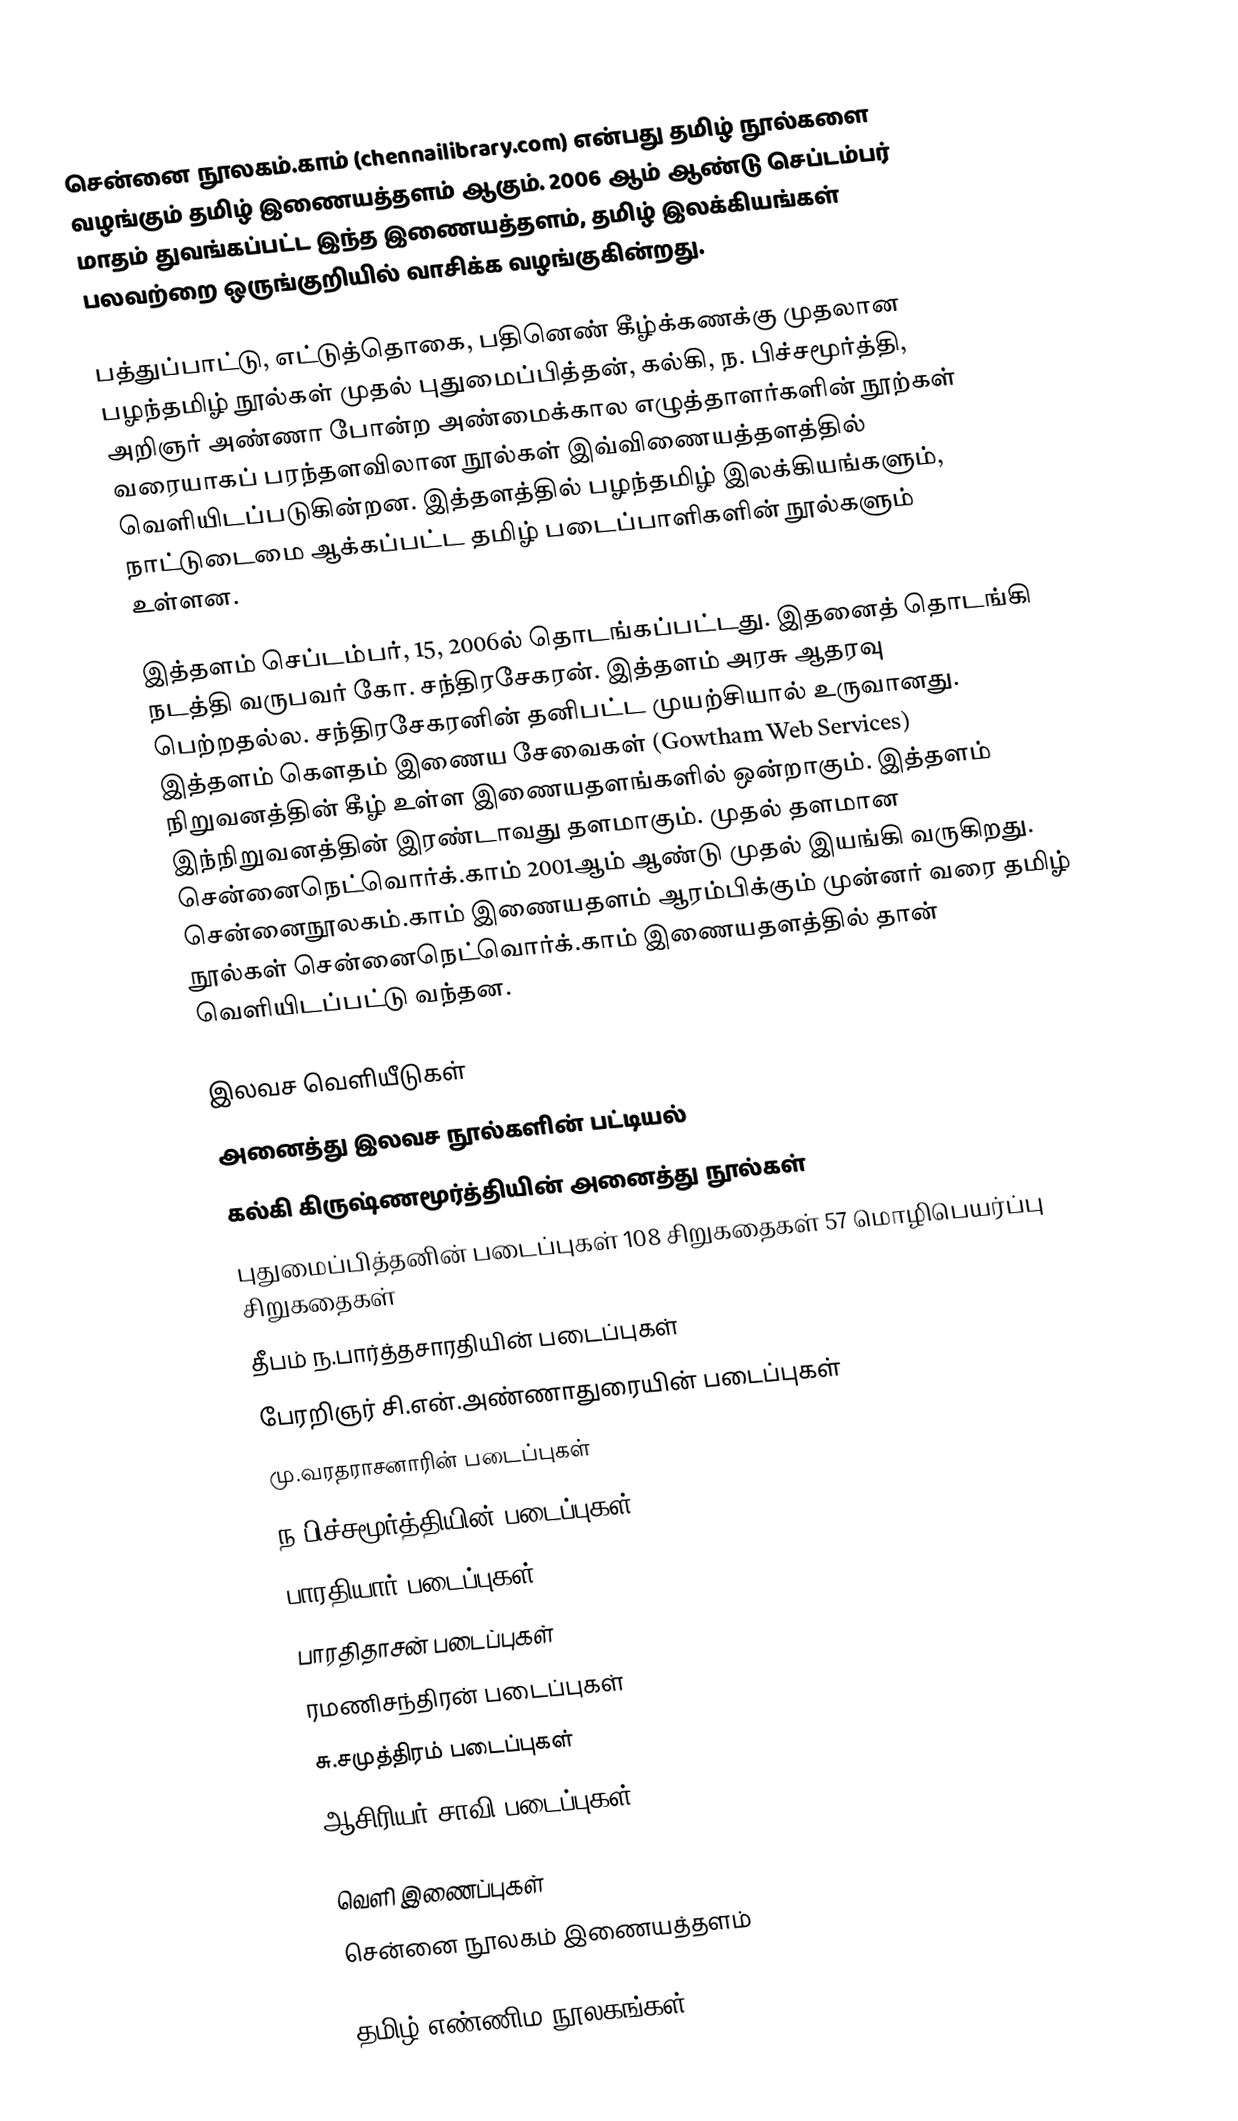
சென்னை நூலகம்.காம் (chennailibrary.com) என்பது தமிழ் நூல்களை வழங்கும் தமிழ் இணையத்தளம் ஆகும். 2006 ஆம் ஆண்டு செப்டம்பர் மாதம் துவங்கப்பட்ட இந்த இணையத்தளம், தமிழ் இலக்கியங்கள் பலவற்றை ஒருங்குறியில் வாசிக்க வழங்குகின்றது.

பத்துப்பாட்டு, எட்டுத்தொகை, பதினெண் கீழ்க்கணக்கு முதலான பழந்தமிழ் நூல்கள் முதல் புதுமைப்பித்தன், கல்கி, ந. பிச்சமூர்த்தி, அறிஞர் அண்ணா போன்ற அண்மைக்கால எழுத்தாளர்களின் நூற்கள் வரையாகப் பரந்தளவிலான நூல்கள் இவ்விணையத்தளத்தில் வெளியிடப்படுகின்றன.  இத்தளத்தில் பழந்தமிழ் இலக்கியங்களும், நாட்டுடைமை ஆக்கப்பட்ட தமிழ் படைப்பாளிகளின் நூல்களும் உள்ளன.

இத்தளம் செப்டம்பர், 15, 2006ல் தொடங்கப்பட்டது. இதனைத் தொடங்கி நடத்தி வருபவர் கோ. சந்திரசேகரன். இத்தளம் அரசு ஆதரவு பெற்றதல்ல. சந்திரசேகரனின் தனிபட்ட முயற்சியால் உருவானது. இத்தளம் கௌதம் இணைய சேவைகள் (Gowtham Web Services) நிறுவனத்தின் கீழ் உள்ள இணையதளங்களில் ஒன்றாகும். இத்தளம்  இந்நிறுவனத்தின் இரண்டாவது தளமாகும். முதல் தளமான சென்னைநெட்வொர்க்.காம் 2001ஆம் ஆண்டு முதல் இயங்கி வருகிறது. சென்னைநூலகம்.காம் இணையதளம் ஆரம்பிக்கும் முன்னர் வரை தமிழ் நூல்கள் சென்னைநெட்வொர்க்.காம் இணையதளத்தில் தான் வெளியிடப்பட்டு வந்தன.

இலவச வெளியீடுகள்
 அனைத்து இலவச நூல்களின் பட்டியல்
 கல்கி கிருஷ்ணமூர்த்தியின் அனைத்து நூல்கள்
 புதுமைப்பித்தனின் படைப்புகள் 108 சிறுகதைகள் 57 மொழிபெயர்ப்பு சிறுகதைகள்
 தீபம் ந.பார்த்தசாரதியின் படைப்புகள்
 பேரறிஞர் சி.என்.அண்ணாதுரையின் படைப்புகள்
 மு.வரதராசனாரின் படைப்புகள்
 ந.பிச்சமூர்த்தியின் படைப்புகள்
 பாரதியார் படைப்புகள்
 பாரதிதாசன் படைப்புகள்
 ரமணிசந்திரன் படைப்புகள்
 சு.சமுத்திரம் படைப்புகள்
 ஆசிரியர் சாவி படைப்புகள்

வெளி இணைப்புகள்
 சென்னை நூலகம் இணையத்தளம்

தமிழ் எண்ணிம நூலகங்கள்